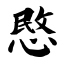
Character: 愍